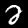
Label: 2